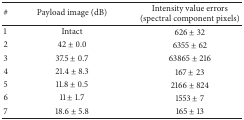
| # | Payload image (dB) | Intensity value errors (spectral component pixels) |
 | --- | --- | --- |
 | 1 | Intact | 626 ± 32 |
 | 2 | 42 ± 0.0 | 6355 ± 62 |
 | 3 | 37.5 ± 0.7 | 63865 ± 216 |
 | 4 | 21.4 ± 8.3 | 167 ± 23 |
 | 5 | 11.8 ± 0.5 | 2166 ± 824 |
 | 6 | 11 ± 1.7 | 1553 ± 7 |
 | 7 | 18.6 ± 5.8 | 165 ± 13 |